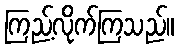
ကြည့်လိုက်ကြသည်။